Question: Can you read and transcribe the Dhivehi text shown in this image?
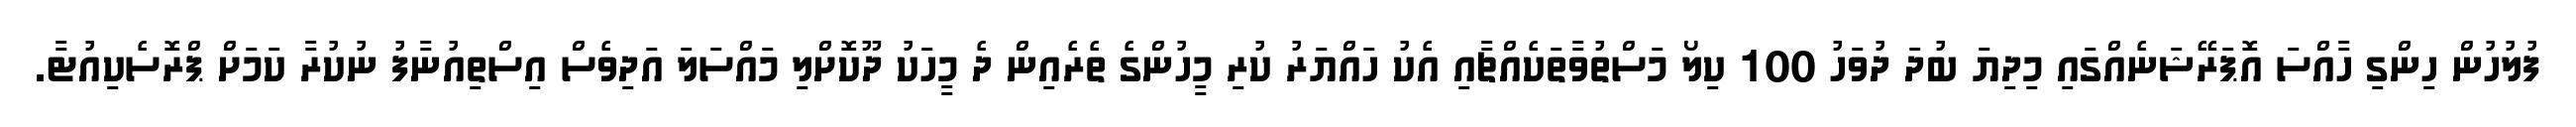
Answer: ފުލުހުން ހިންގި ހާއްސަ އޮޕަރޭޝަނެއްގައި މިދިޔަ ބުދަ ދުވަހު 100 ކިލޯ މަސްތުވާތަކެއްޗާއި އެކު ހައްޔަރު ކުރި މީހުންގެ ތެރެއިން ދެ މީހަކު ދޫކޮށްލި މައްސަލަ އަދިވެސް އިސްތިއުނާފު ނުކުރާ ކަމަށް ޕްރޮސެކިއުޓާ.